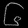
Digit: ၆